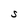
Character: S